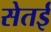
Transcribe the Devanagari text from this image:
सेतई